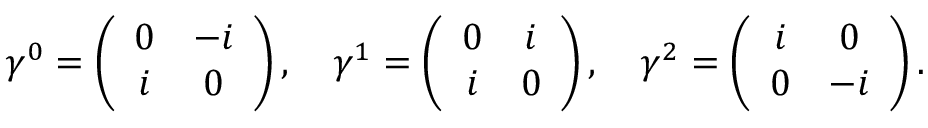
\gamma ^ { 0 } = \left( \begin{array} { c c } { { 0 } } & { { { - i } } } \\ { { i } } & { { { 0 } } } \end{array} \right) , \quad \gamma ^ { 1 } = \left( \begin{array} { c c } { { 0 } } & { { { i } } } \\ { { i } } & { { { 0 } } } \end{array} \right) , \quad \gamma ^ { 2 } = \left( \begin{array} { c c } { { i } } & { { { 0 } } } \\ { { 0 } } & { { { - i } } } \end{array} \right) .